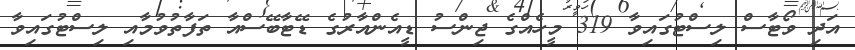
އަދި ވޯޓާސް ލިސްޓުގައިވާ 319 މީހެއްގެ ޖިންސު ޑީއެންއާރުގެ ޑޭޓާބޭސްއާ ތަފާތުވުމާއި ލިސްޓުގައިވާ